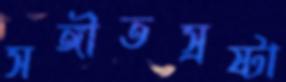
সঙ্গীতস্রষ্টা